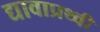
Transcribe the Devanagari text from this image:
द्यावाप्रथ्वी